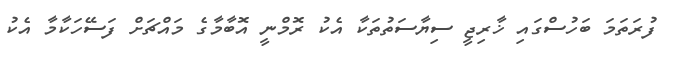
ފުރަތަމަ ބަހުސްގައި ޚާރިޖީ ސިޔާސަތުތަކާ އެކު ރޮމްނީ އޮބާމާގެ މައްޗަށް ފަސޭހަކާމާ އެކު